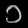
Digit: ၁